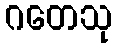
ဂတေသု